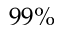
9 9 \%